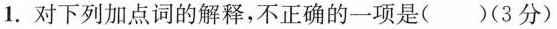
1.对下列加点词的解释，不正确的一项是( )(3分)